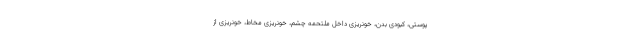
پوستی، کبودی بدن، خونریزی داخل ملتحمه چشم، خونریزی مخاط، خونریزی از